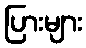
ပြားများ